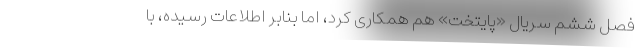
فصل ششم سریال «پایتخت» هم همکاری کرد، اما بنابر اطلاعات رسیده، با